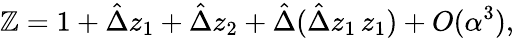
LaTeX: \mathbb{Z}=1+\hat{{\Delta}}z_{1}+\hat{{\Delta}}z_{2}+\hat{{\Delta}}(\hat{{\Delta}}z_{1}\, z_{1})+O(\alpha^{3}),